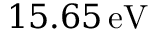
1 5 . 6 5 \, \mathrm { e V }